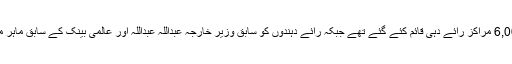
14 جون کو افغانستان میں ملک گیر سطح پر 6,000 مراکز رائے دہی قائم کئے گئے تھے جبکہ رائے دہندوں کو سابق وزیر خارجہ عبداللہ عبداللہ اور عالمی بینک کے سابق ماہر معاشیات اشرف غنی کے درمیان انتخاب کرنا تھا۔